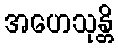
အဟေသုန္တိ